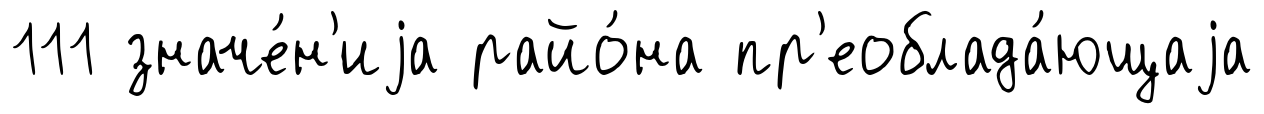
111 значе́н'иjа райо́на пр'еоблада́ющаjа